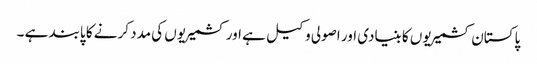
پاکستان کشمیریوں کا بنیادی اور اصولی وکیل ہے اور کشمیریوں کی مدد کرنے کا پابند ہے ۔